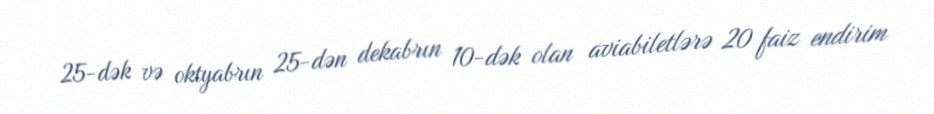
25-dək və oktyabrın 25-dən dekabrın 10-dək olan aviabiletlərə 20 faiz endirim